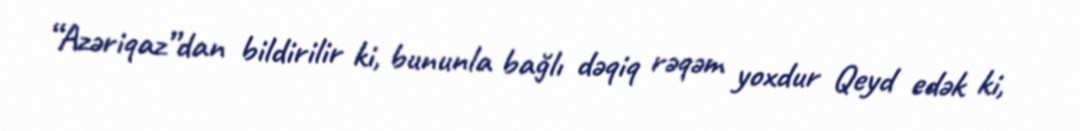
“Azəriqaz”dan bildirilir ki, bununla bağlı dəqiq rəqəm yoxdur Qeyd edək ki,